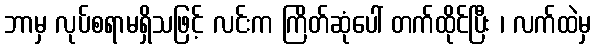
ဘာမှ လုပ်စရာမရှိသဖြင့် လင်းက ကြိတ်ဆုံပေါ် တက်ထိုင်ပြီး ၊ လက်ထဲမှ